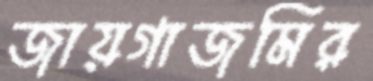
জায়গাজমির